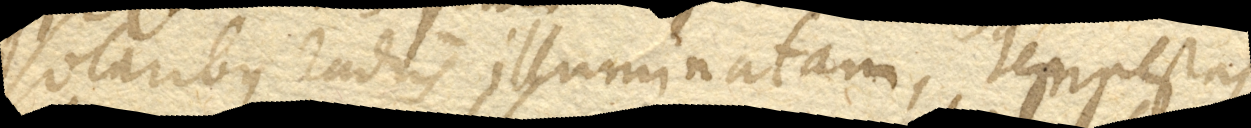
solaribus radiis illuminatam, tempestas